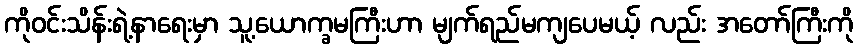
ကိုဝင်းသိန်းရဲ့နာရေးမှာ သူ့ယောက္ခမကြီးဟာ မျက်ရည်မကျပေမယ့် လည်း အတော်ကြီးကို